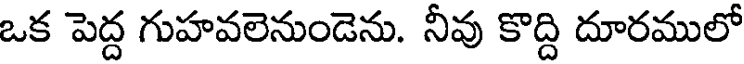
ఒక పెద్ద గుహవలెనుండెను. నీవు కొద్ది దూరములో